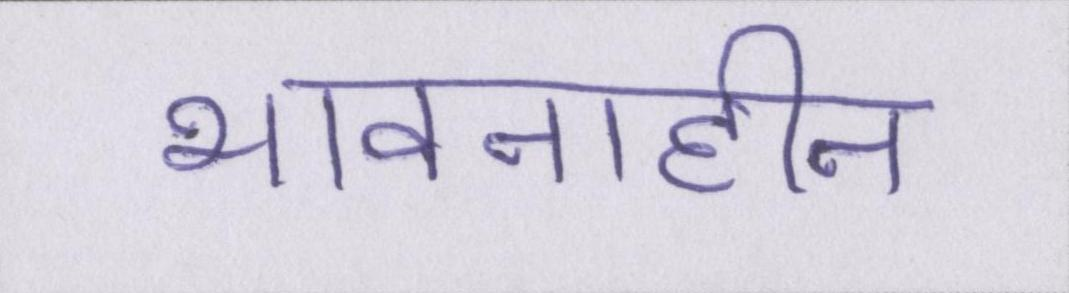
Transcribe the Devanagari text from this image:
भावनाहीन